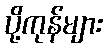
ပို့ကုန်များ